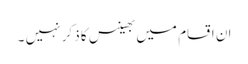
ان اقسام میں بھینس کا ذکر نہیں ۔